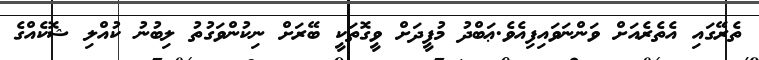
ތެރޭގައި އެތެރެއަށް ވަންނަވައިފިއެވެ.ޢަބްދު މުފީދަށް ވީގޮތަކީ ބޭރަށް ނިކުންވަގުތު ލިބުނު ކުއްލި ޝޮކެއްގެ